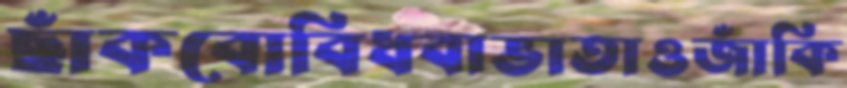
ছাঁকবোবিধবাভাতাওজাঁকি